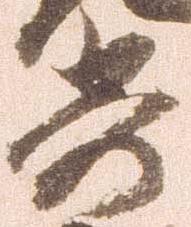
寄